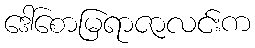
ဒေါ်စောမြရာဇာလင်းက